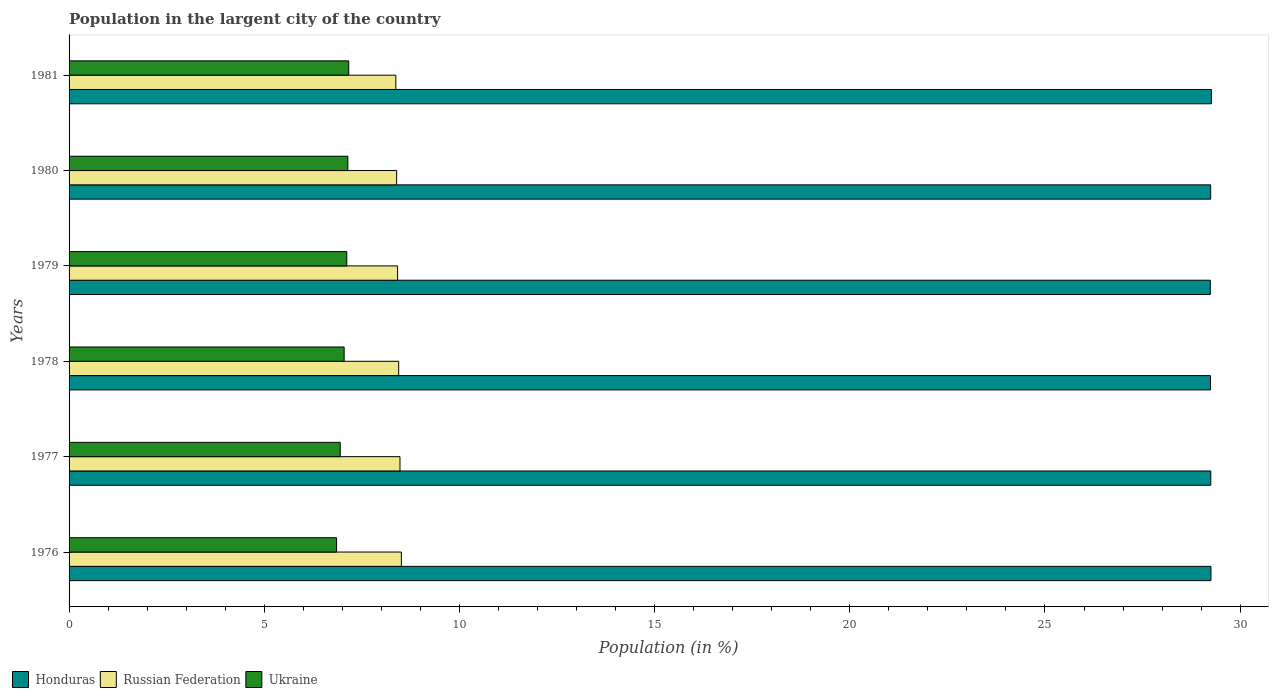
| Years | Honduras | Russian Federation | Ukraine |
 | --- | --- | --- | --- |
 | 1976 | 29.3 | 8.51 | 6.85 |
 | 1977 | 29.2 | 8.48 | 6.95 |
 | 1978 | 29.2 | 8.44 | 7.05 |
 | 1979 | 29.2 | 8.42 | 7.11 |
 | 1980 | 29.2 | 8.39 | 7.14 |
 | 1981 | 29.3 | 8.37 | 7.16 |